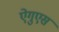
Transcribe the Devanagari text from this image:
ऐगुएस